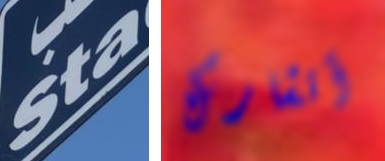
Sta أتشارك